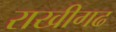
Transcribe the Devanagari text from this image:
राखीगढ